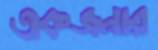
একজনার